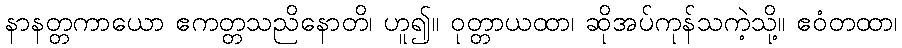
နာနတ္တကာယော ဧကတ္တသညိနောတိ၊ ဟူ၍။ ဝုတ္တာယထာ၊ ဆိုအပ်ကုန်သကဲ့သို့။ ဧဝံတထာ၊